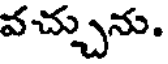
వచ్చును.